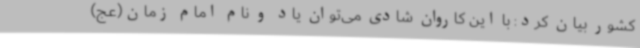
کشور بیان کرد: با این کاروان شادی می‌توان یاد و نام امام زمان(عج)